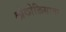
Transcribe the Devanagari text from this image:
लोकोक्तिसागर